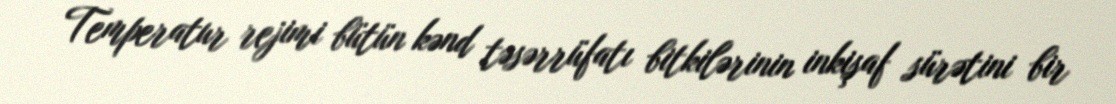
Temperatur rejimi bütün kənd təsərrüfatı bitkilərinin inkişaf sürətini bir